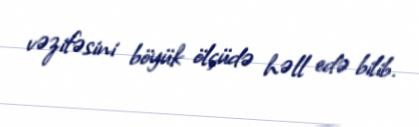
vəzifəsini böyük ölçüdə həll edə bilib.